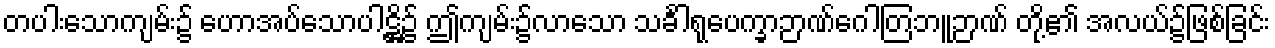
တပါးသောကျမ်း၌ ဟောအပ်သောပါဋ္ဌိ၌ ဤကျမ်း၌လာသော သင်္ခါရုပေက္ခာဉာဏ်ဂေါတြဘူဉာဏ် တို့၏ အလယ်၌ဖြစ်ခြင်း